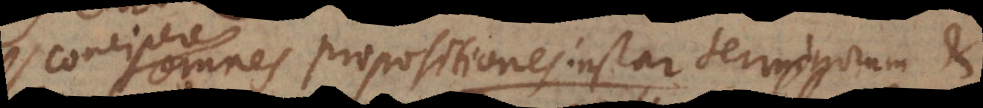
concipere omnes propositiones instar terminorum, et